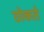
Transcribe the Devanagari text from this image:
ठोकते